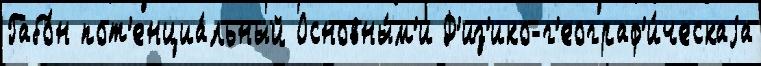
Габо́н пот'енциа́льный Основны́м'и Ф'из'ико-г'еограф'и́ческаjа